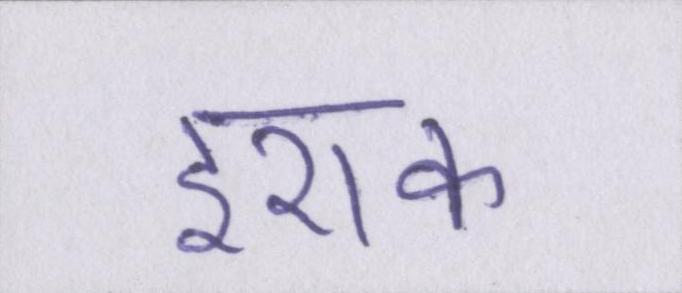
इराक